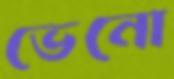
ভেনো